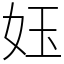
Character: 𡛼